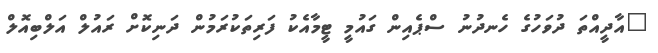
"އާދީއްތަ ދުވަހުގެ ހެނދުނު ސްޕެއިން ގައުމީ ޓީމާއެކު ފަރިތަކުރަމުން ދަނިކޮށް ރައުލް އަލްބިއޮލް